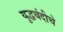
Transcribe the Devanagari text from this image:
युद्धबंदीचे